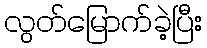
လွတ်မြောက်ခဲ့ပြီး